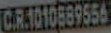
CRA1010889556